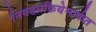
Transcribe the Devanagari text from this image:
निवडप्रक्रियेमार्फत